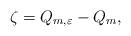
LaTeX: \begin{align*}\zeta = Q_{m,\varepsilon} - Q_m,\end{align*}